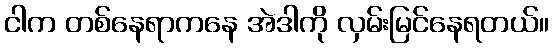
ငါက တစ်နေရာကနေ အဲဒါကို လှမ်းမြင်နေရတယ်။